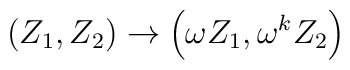
\left(Z_1,Z_2\right) \rightarrow \left(\omega Z_1,\omega^k Z_2\right)